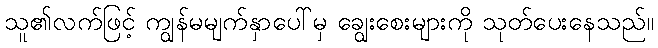
သူ၏လက်ဖြင့် ကျွန်မမျက်နှာပေါ်မှ ချွေးစေးများကို သုတ်ပေးနေသည်။